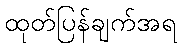
ထုတ်ပြန်ချက်အရ